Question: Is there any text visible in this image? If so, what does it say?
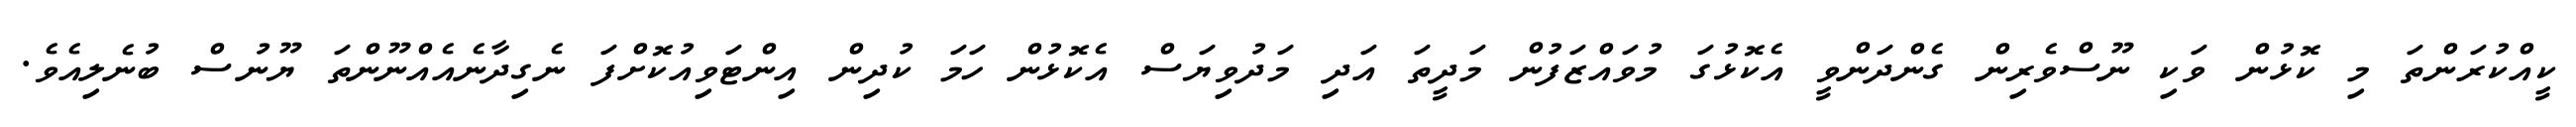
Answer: ކީއްކުރަންތަ މި ކޮޅުން ވަކި ނޫސްވެރިން ގެންދަންވީ އެކޮޅުގަ މުވައްޒަފުން މަދީތަ އަދި މަދުވިޔަސް އެކޮޅުން ހަމަ ކުދިން އިންޓަވިއުކޮށްފަ ނެގިދާނެއެއްނޫންތަ ޔޫނުސް ބުނެލިއެވެ.